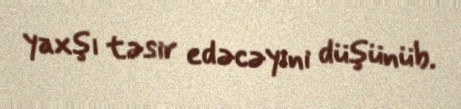
yaxşı təsir edəcəyini düşünüb.